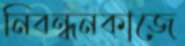
নিবন্ধনকাজে